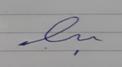
Signature authenticity: forged